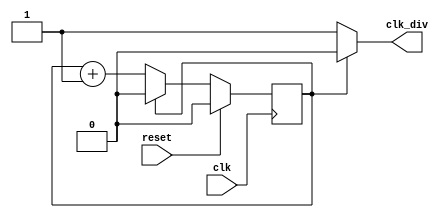
module clk_div
#(
        parameter DIV = 2
)
(
        input  wire clk,
        input  wire reset,
        output wor  clk_div
);
reg [$clog2(DIV) - 1:0] counter;




always @(posedge clk) begin
        if (reset) begin
                counter <= 0;
                
        end
        else begin
                if (counter == DIV - 1) begin
                        counter <= 0;
                end
                else counter <= counter + 1;
                
        end
end

genvar g;

generate for (g = 0; g < DIV / 2; g = g + 1)
begin: loop_1
assign clk_div = (counter == g) ? 1 : 0;
end     
endgenerate

endmodule